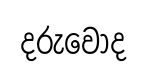
දරුවොද